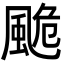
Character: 𩗜